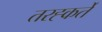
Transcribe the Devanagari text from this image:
तरह्कर्ते